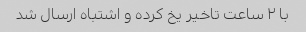
با ٢ ساعت تاخیر یخ کرده و اشتباه ارسال شد